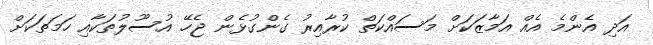
އަދި އެންމެ އެއް އަމާޒަކަށް މަސައްކަތް ކުރާއިރު ގެންގުޅެން ޖެހޭ އުސޫލުތަކާއި ހަމަތަކަށް